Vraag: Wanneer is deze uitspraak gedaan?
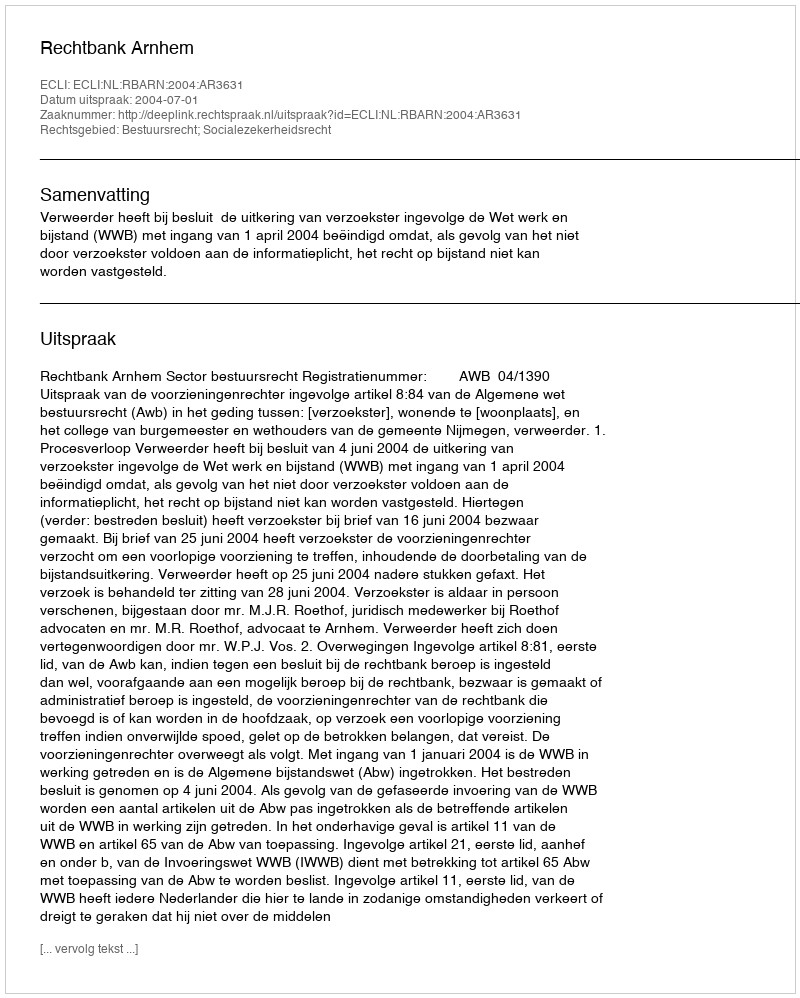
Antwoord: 2004-07-01